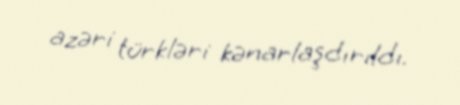
azəri türkləri kənarlaşdırıldı.